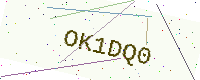
Text: OK1DQ0